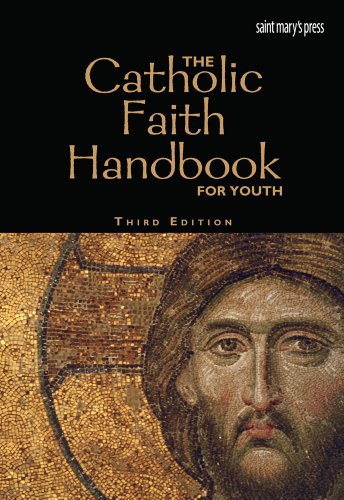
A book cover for The Catholic Faith Handbook for Youth, Third Edition (paperback); Brian Singer-Towns; Christian Books & Bibles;